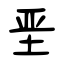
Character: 垩